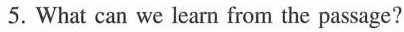
5.What can we learn from the passage?